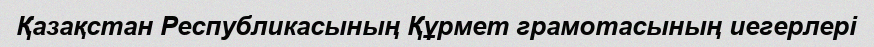
Қазақстан Республикасының Құрмет грамотасының иегерлері